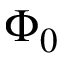
\Phi _ { 0 }